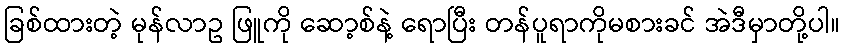
ခြစ်ထားတဲ့ မုန်လာဥ ဖြူကို ဆော့စ်နဲ့ ရောပြီး တန်ပူရာကိုမစားခင် အဲဒီမှာတို့ပါ။